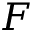
F